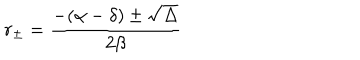
LaTeX: r _ { \pm } = \frac { - ( \alpha - \delta ) \pm \sqrt { \Delta } } { 2 \beta }